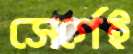
সের্গেই